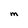
Character: M